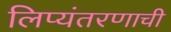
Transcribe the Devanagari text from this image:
लिप्यंतरणाची